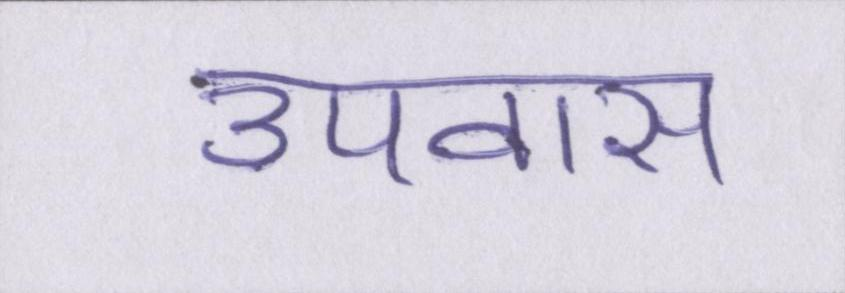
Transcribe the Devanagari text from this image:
उपवास